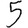
Digit: 5